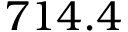
7 1 4 . 4